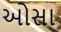
ઓસા